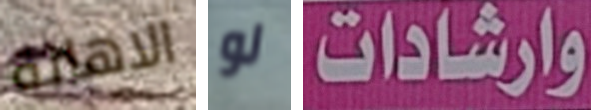
الاهانة لو وارشادات